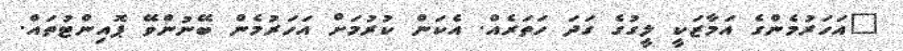
"އަހަރުމެންގެ އަމާޒަކީ ލީގުގެ ގަދަ ހަތަރެއް. އެކަން ކުރުމަށް އަހަރުމެން ބޭނުންވޭ ޕޮއިންޓުތައް.